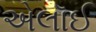
એલૉઈ